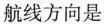
航线方向是